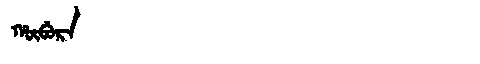
Manchu: ᡥᡡᠪᡠᡵᠠ
Romanization: HŪBURA